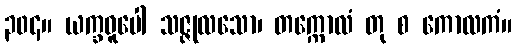
၃၀၄။ ယက္ခဓူပေါ သဇ္ဇုလသော၊ တက္ကောလံ တု စ ကောလကံ။